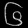
Digit: ၆